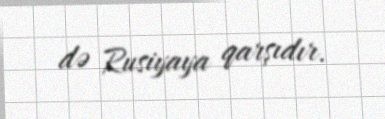
də Rusiyaya qarşıdır.